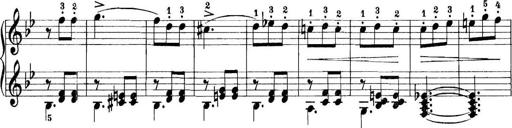
Title: 11 Sonatinas
Composer: Anton Diabelli